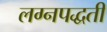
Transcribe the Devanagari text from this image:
लग्नपद्धती